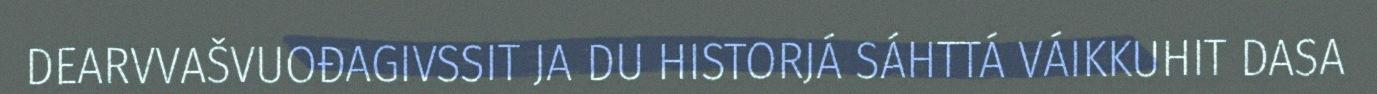
DEARVVAŠVUOĐAGIVSSIT JA DU HISTORJÁ SÁHTTÁ VÁIKKUHIT DASA